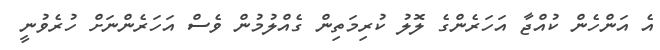
އެ އަންހެން ކުއްޖާ އަހަރެންގެ ލޮލު ކުރިމަތިން ގެއްލުމުން ވެސް އަހަރެންނަށް ހުރެވުނީ